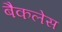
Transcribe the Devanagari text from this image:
बैकलेस